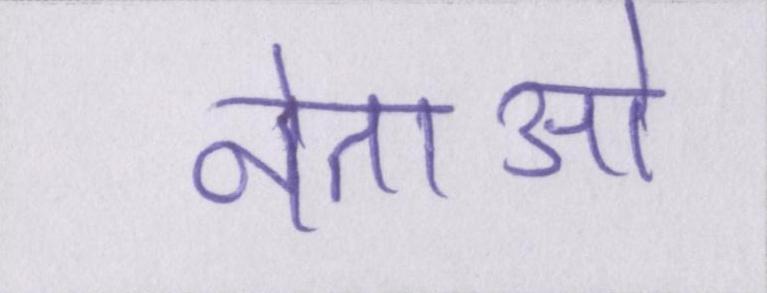
नेताओ